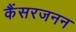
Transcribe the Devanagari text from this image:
कैंसरजनन